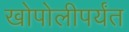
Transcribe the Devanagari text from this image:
खोपोलीपर्यंत